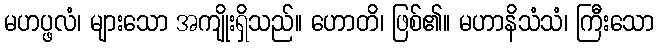
မဟပ္ဖလံ၊ များသော အကျိုးရှိသည်။ ဟောတိ၊ ဖြစ်၏။ မဟာနိသံသံ၊ ကြီးသော